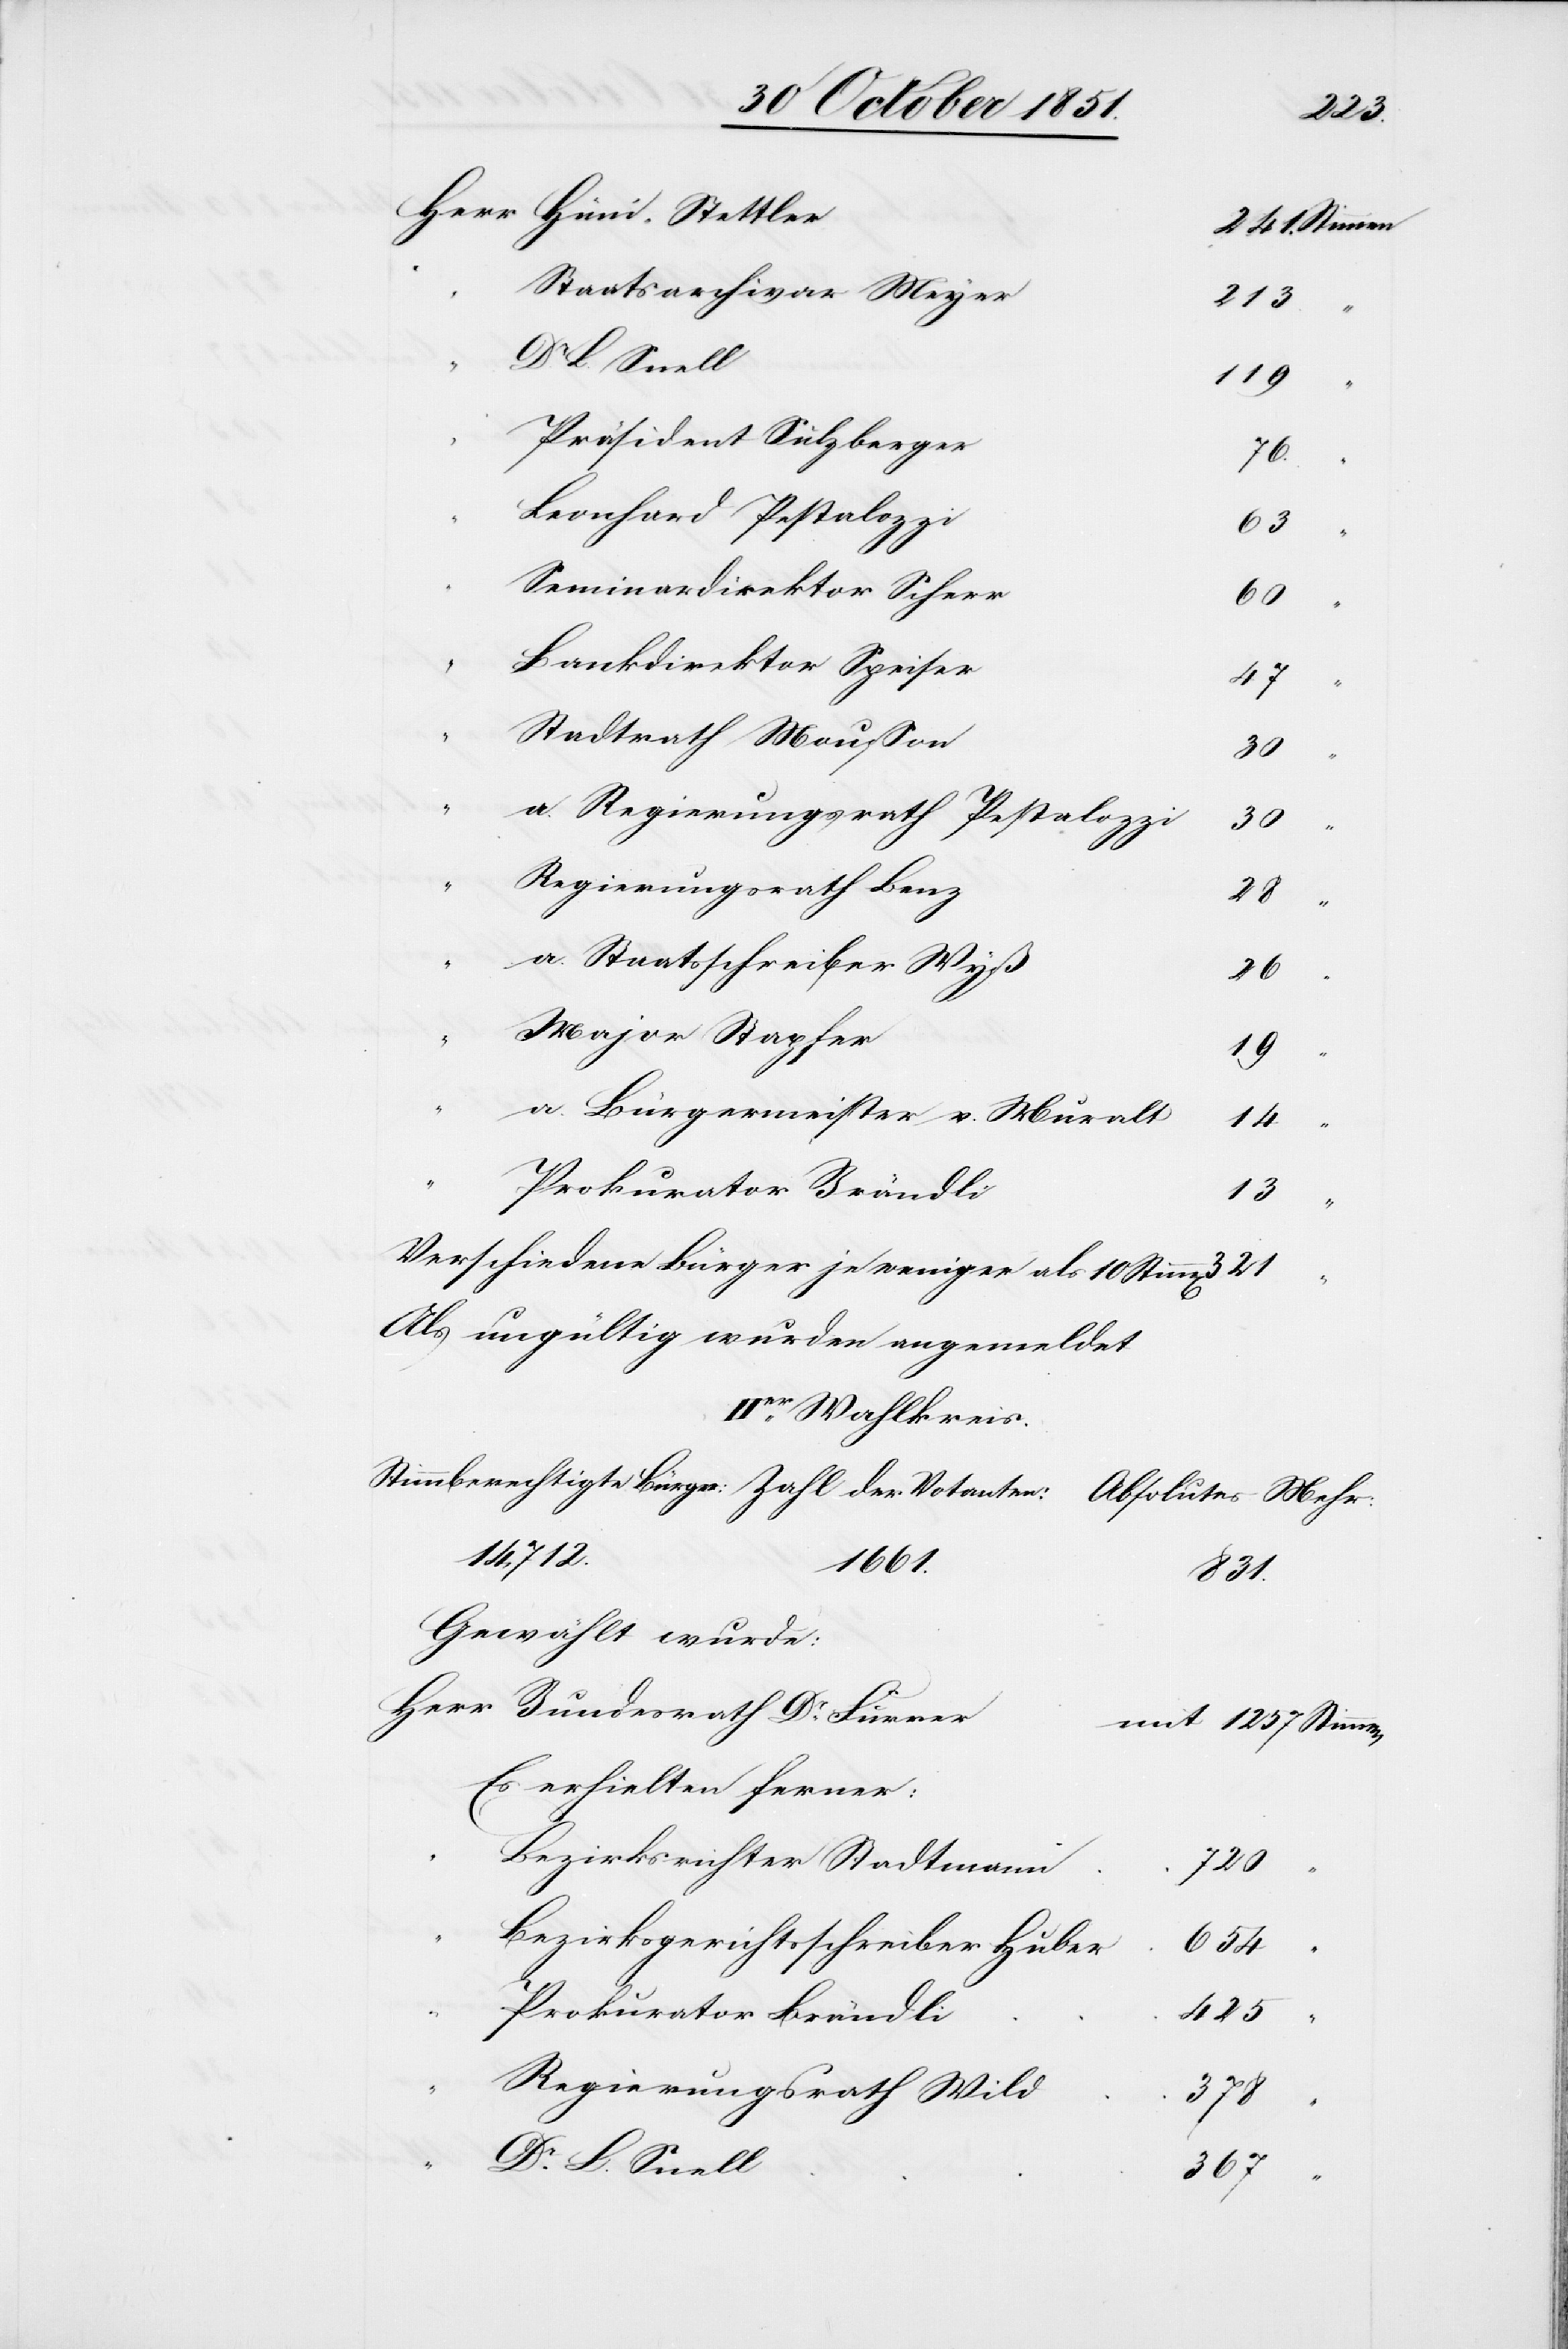
mit
Staatsarchivar Meyer
213.
Dr L. Snell
119
Präsident Sulzberger
76.
Leonhard Pestalozzi
63
Seminardirektor Scherr
60
Bankdirektor Speiser
47
Stadtrath Mousson
30
a. Regierungsrath Pestalozzi
321
“
Regierungsrath Benz
28
a. Staatsschreiber Wyß
26
Major Stapfer
19
a. Bürgermeister v. Muralt
14
Prokurator Brändli
1257
Verschiedene Bürger je weniger als 10 Stimm[en]
Als ungültig wurden angemeldet
IIer Wahlkreis.
14,712.
1661.
831.
Gewählt wurde:
Es erhielten ferner:
Bezirksrichter Stadtmann
720
Bezirksgerichtsschreiber Huber
654
“
425
Regierungsrath Wild
378
Dr. L. Snell
367